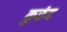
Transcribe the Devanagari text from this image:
कुरुंद